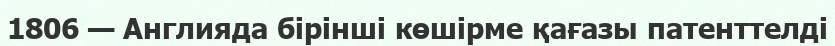
1806 — Англияда бірінші көшірме қағазы патенттелді